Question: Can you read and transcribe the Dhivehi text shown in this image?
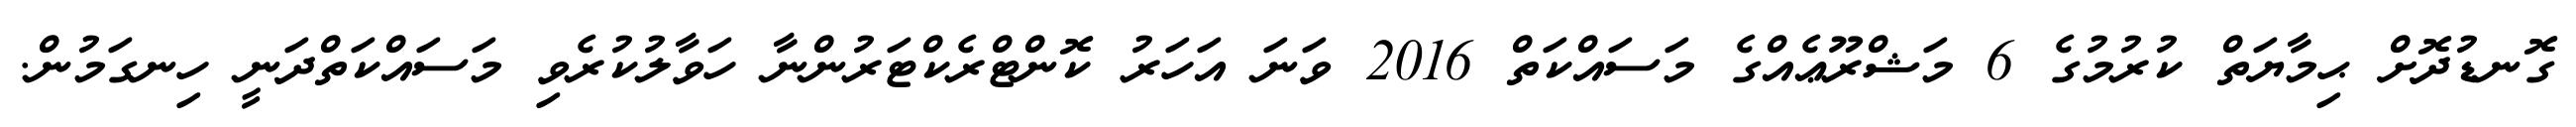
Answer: ގޮނޑުދޮށް ޙިމާޔަތް ކުރުމުގެ 6 މަޝްރޫޢެއްގެ މަސައްކަތް 2016 ވަނަ އަހަރު ކޮންޓްރެކްޓަރުންނާ ހަވާލުކުރެވި މަސައްކަތްދަނީ ހިނގަމުން.